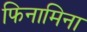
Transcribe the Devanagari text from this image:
फिनामिना